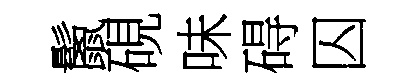
鬛硯味碍囚